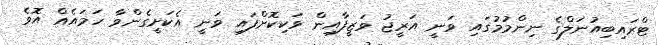
ޓްރައިބިއުނަލްގެ ނިންމުމުގައި ވަނީ އަރީޖު ވަޒީފާއިން ވަކިކޮށްފައި ވަނީ އެކަށީގެންވާ ހަމައެއް އޮވެ